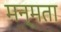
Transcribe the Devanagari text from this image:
मन्मता